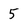
Character: 5